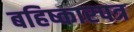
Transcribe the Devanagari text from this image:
बहिष्कारपत्र